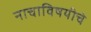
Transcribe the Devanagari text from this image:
नाचाविषयीचे